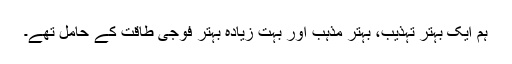
ہم ایک بہتر تہذیب، بہتر مذہب اور بہت زیادہ بہتر فوجی طاقت کے حامل تھے۔